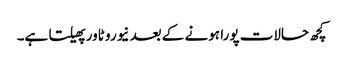
کچھ حالات پورا ہونے کے بعد نیورو ٹاور پھیلتا ہے۔